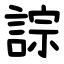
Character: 誴